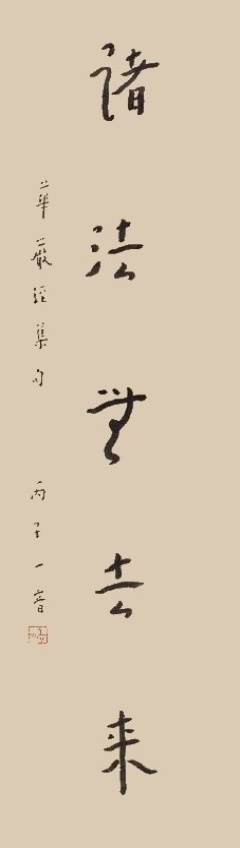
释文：华严经集句，丙子一音。丰子恺沐手敬绘。